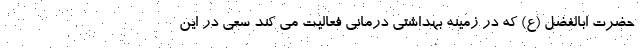
حضرت ابالفضل (ع) که در زمینه بهداشتی درمانی فعالیت می کند سعی در این